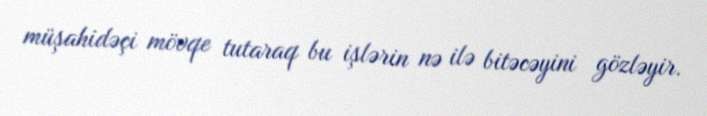
müşahidəçi mövqe tutaraq bu işlərin nə ilə bitəcəyini gözləyir.